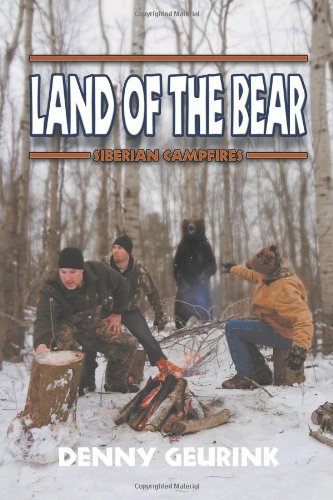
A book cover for Land of the Bear: Siberian Campfires; Denny Geurink; Travel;